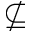
\nsubseteq